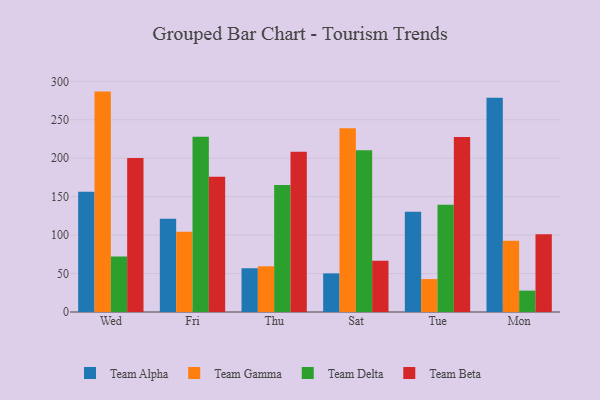
{"axis": {"x": "Day", "y": "Website Visitors"}, "legend": ["Team Alpha", "Team Beta", "Team Delta", "Team Gamma"], "data": [{"x": "Wed", "y": 156.3, "type": "Team Alpha"}, {"x": "Wed", "y": 286.6, "type": "Team Gamma"}, {"x": "Wed", "y": 72.2, "type": "Team Delta"}, {"x": "Wed", "y": 200.1, "type": "Team Beta"}, {"x": "Fri", "y": 121.3, "type": "Team Alpha"}, {"x": "Fri", "y": 104.3, "type": "Team Gamma"}, {"x": "Fri", "y": 227.9, "type": "Team Delta"}, {"x": "Fri", "y": 176.0, "type": "Team Beta"}, {"x": "Thu", "y": 56.9, "type": "Team Alpha"}, {"x": "Thu", "y": 59.4, "type": "Team Gamma"}, {"x": "Thu", "y": 165.1, "type": "Team Delta"}, {"x": "Thu", "y": 208.5, "type": "Team Beta"}, {"x": "Sat", "y": 50.2, "type": "Team Alpha"}, {"x": "Sat", "y": 238.9, "type": "Team Gamma"}, {"x": "Sat", "y": 210.4, "type": "Team Delta"}, {"x": "Sat", "y": 66.5, "type": "Team Beta"}, {"x": "Tue", "y": 130.4, "type": "Team Alpha"}, {"x": "Tue", "y": 42.8, "type": "Team Gamma"}, {"x": "Tue", "y": 139.5, "type": "Team Delta"}, {"x": "Tue", "y": 227.5, "type": "Team Beta"}, {"x": "Mon", "y": 278.7, "type": "Team Alpha"}, {"x": "Mon", "y": 92.7, "type": "Team Gamma"}, {"x": "Mon", "y": 27.8, "type": "Team Delta"}, {"x": "Mon", "y": 101.2, "type": "Team Beta"}]}